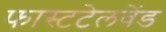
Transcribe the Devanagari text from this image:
फास्टटेलवेंड